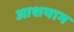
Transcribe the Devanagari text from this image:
आशयाभ